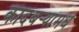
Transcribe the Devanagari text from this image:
कादंबर्‍यांमधे